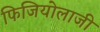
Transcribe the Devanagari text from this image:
फिजियोलाजी